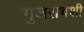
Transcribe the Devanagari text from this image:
गुजराथशी